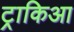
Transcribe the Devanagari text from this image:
ट्राकिआ